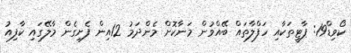
ކޯވިޑް19: ޕާޓީތަކާއި ހަފްލާތައް ބޭއްވުން މަނާކޮށް މެންދަމު 12އިން ފެށިގެން މާލޭގައި ކާފިއު